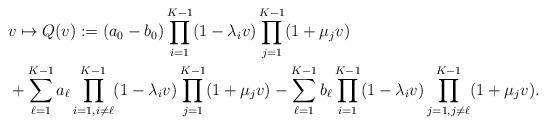
LaTeX: \begin{align*}&v\mapsto Q(v):= (a_0-b_0)\prod_{i=1}^{K-1}(1-\lambda_i v) \prod_{j=1}^{K-1}(1+\mu_j v) \\&+ \sum_{\ell=1}^{K-1} a_\ell \prod_{i=1,i\neq \ell}^{K-1}(1-\lambda_i v) \prod_{j=1}^{K-1}(1+\mu_j v) - \sum_{\ell=1}^{K-1} b_\ell \prod_{i=1}^{K-1}(1-\lambda_i v) \prod_{j=1,j\neq \ell}^{K-1}(1+\mu_j v).\end{align*}